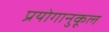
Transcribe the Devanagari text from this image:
प्रयोगानुकूल